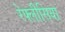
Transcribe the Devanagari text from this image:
रेफ्लीसिया